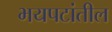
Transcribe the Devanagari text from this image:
भयपटांतील